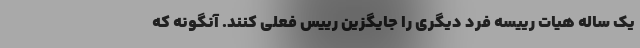
یک ساله هیات رییسه فرد دیگری را جایگزین رییس فعلی کنند. آنگونه که